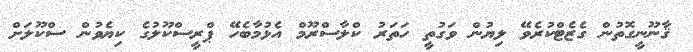
ޤާނޫނީގޮތުން ގެޒެޓްކުރެވޭ ލިޔުން ވަގުތީ ހަތަރު ކްލާސްރޫމް އެޅުމާބެހޭ ޕްރީސްކޫލުގެ ކިޔެވުން ސްކޫލަށް